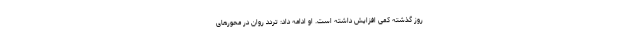
روز گذشته کمی افزایش داشته است. او ادامه داد: تردد روان در محور‌های